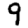
Digit: 9